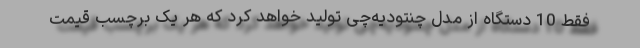
فقط 10 دستگاه از مدل چنتودیه‌چی تولید خواهد کرد که هر یک برچسب قیمت